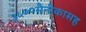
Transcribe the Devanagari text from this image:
३५००सैनीकासह